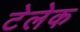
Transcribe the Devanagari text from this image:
टेलेक